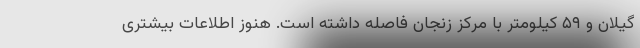
گیلان و ۵۹ کیلومتر با مرکز زنجان فاصله داشته است. هنوز اطلاعات بیشتری